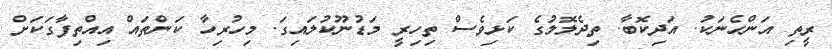
ރީތި އަންހެނަކު. އަދިކޮބާ. ތިދެލޮލުގެ ކަޅިވެސް ތިހިރީ މަޑުނޫކުލައިގަ. މިހުރިހާ ކަންތައް އިއްތިފާގަކަށް